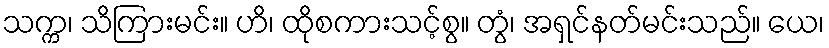
သက္က၊ သိကြားမင်း။ ဟိ၊ ထိုစကားသင့်စွ။ တွံ၊ အရှင်နတ်မင်းသည်။ ယေ၊